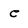
Character: e